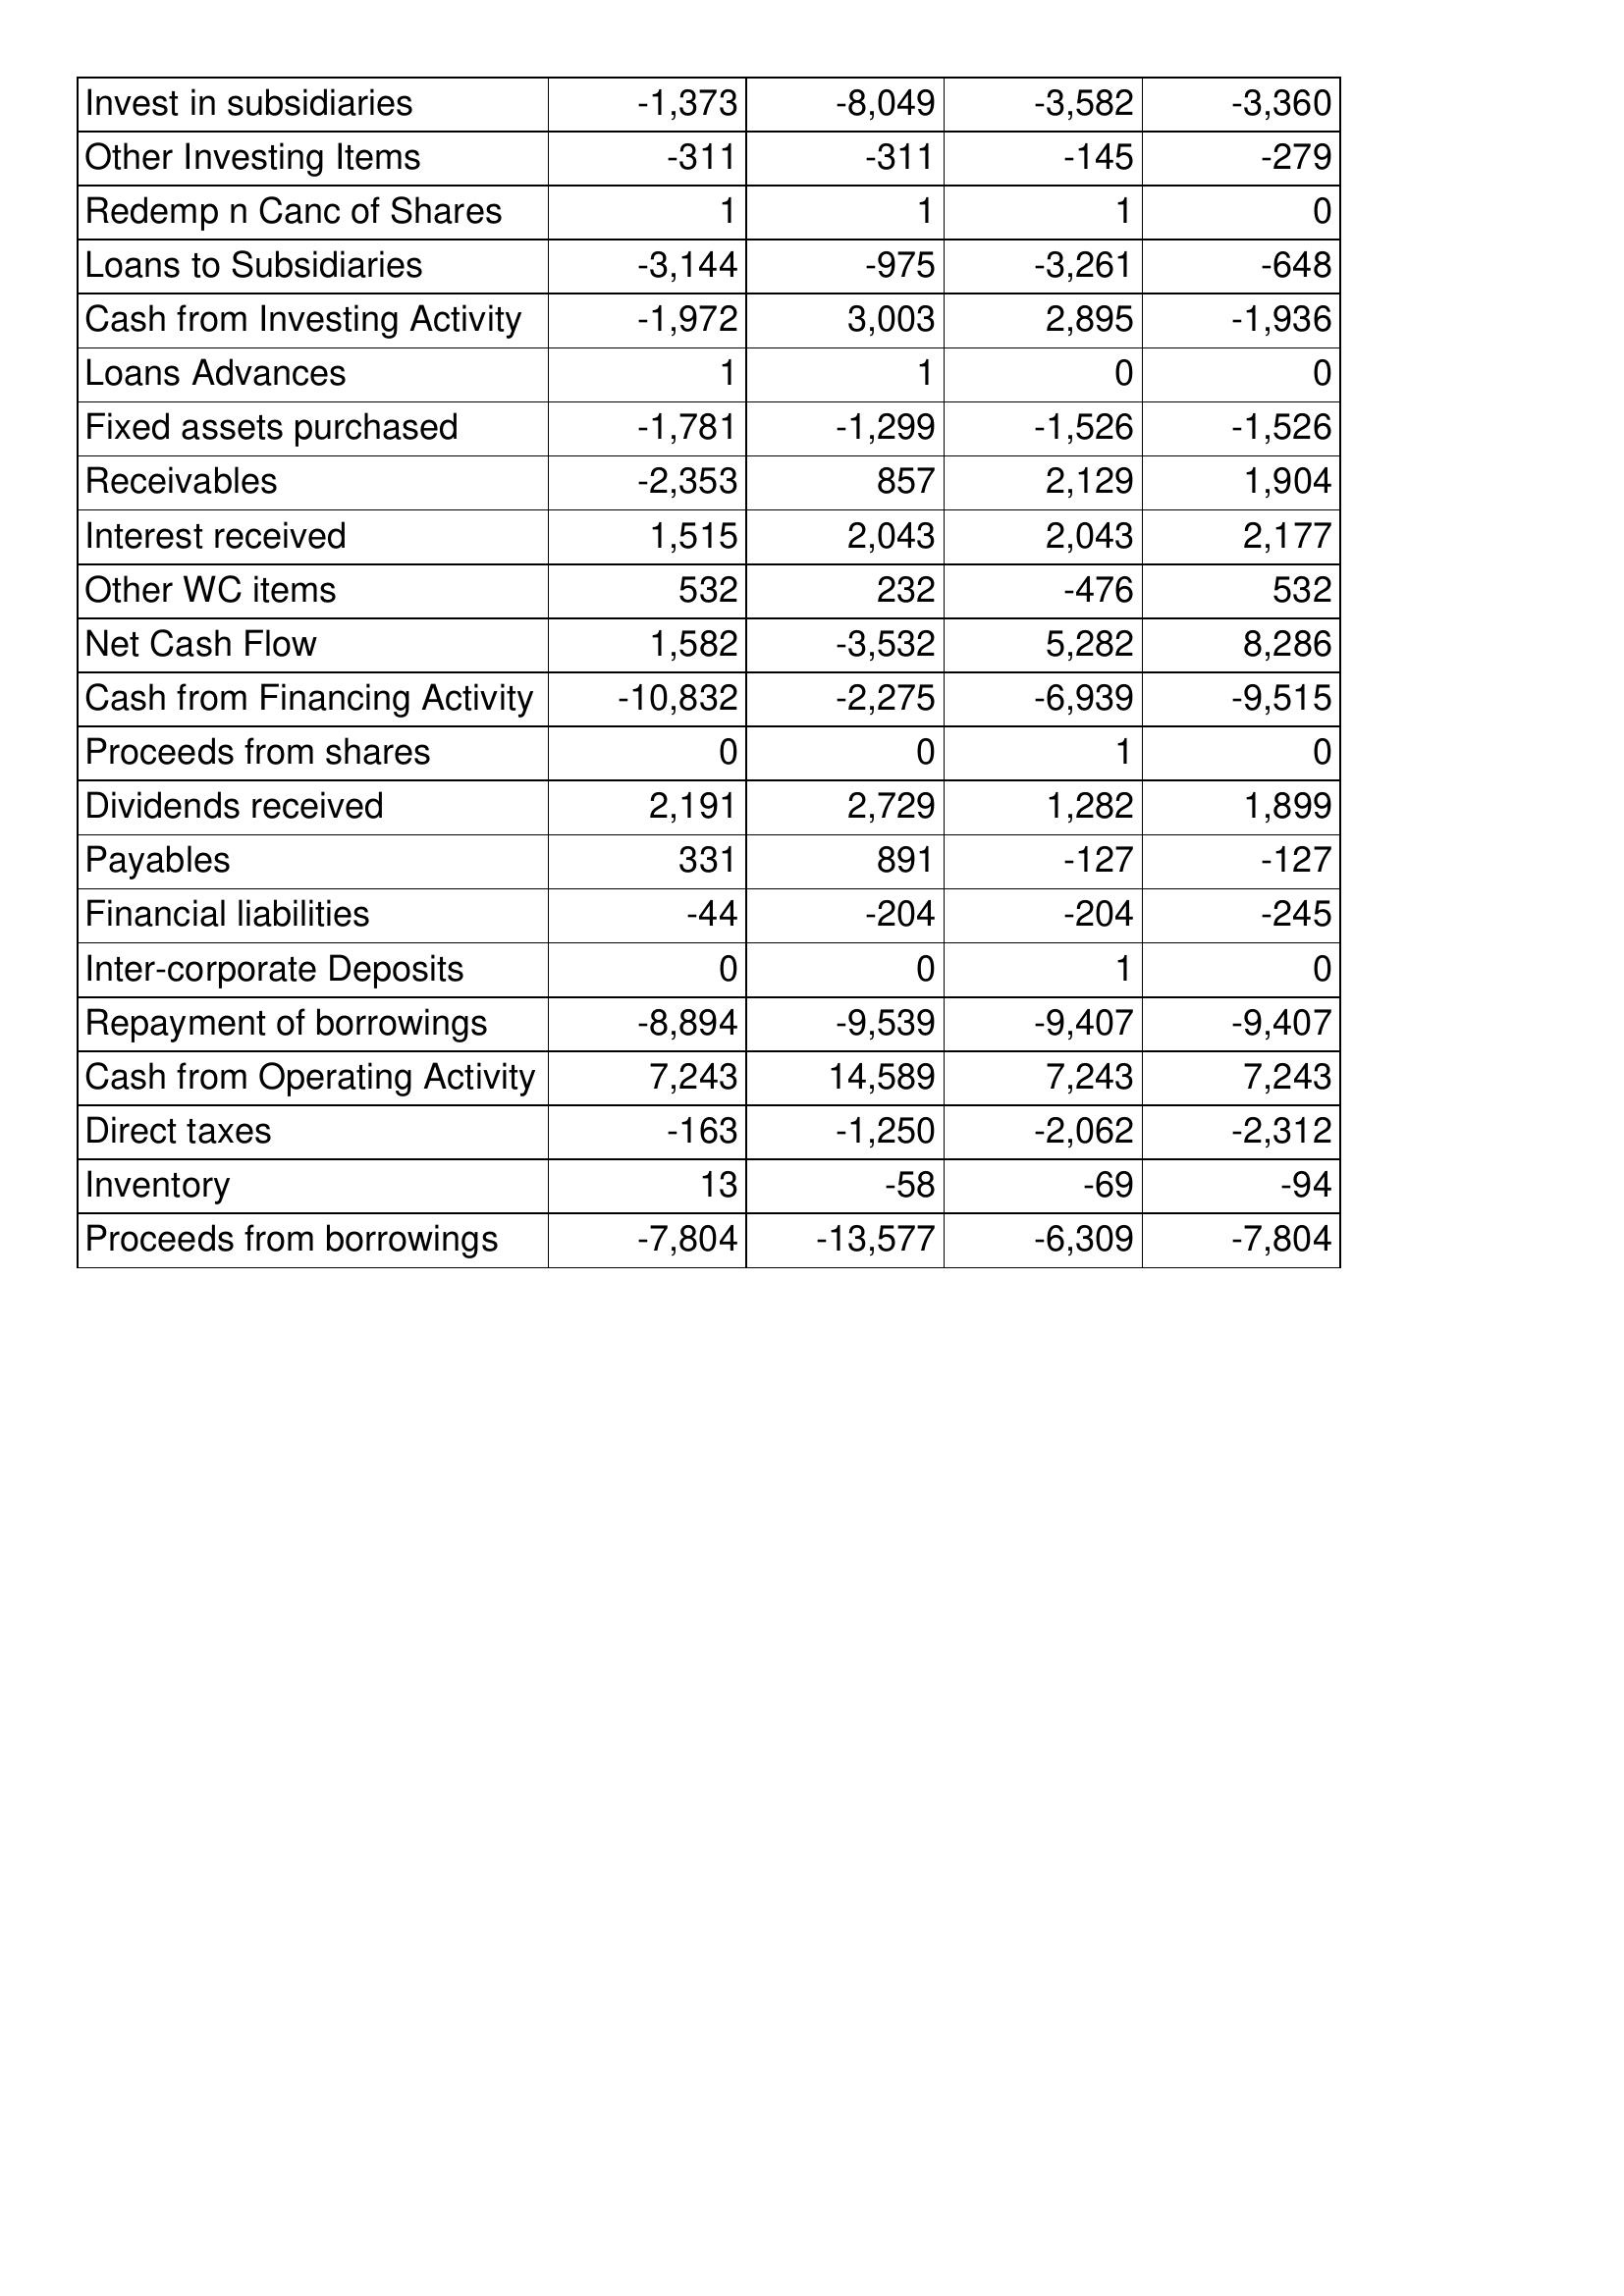
Jun-05: Cash Flows: Invest in subsidiaries: -1,373
Other Investing Items: -311
Redemp n Canc of Shares: 1
Loans to Subsidiaries: -3,144
Cash from Investing Activity: -1,972
Loans Advances: 1
Fixed assets purchased: -1,781
Receivables: -2,353
Interest received: 1,515
Other WC items: 532
Net Cash Flow: 1,582
Cash from Financing Activity: -10,832
Proceeds from shares: 0
Dividends received: 2,191
Payables: 331
Financial liabilities: -44
Inter-corporate Deposits: 0
Repayment of borrowings: -8,894
Cash from Operating Activity: 7,243
Direct taxes: -163
Inventory: 13
Proceeds from borrowings: -7,804
Jun-06: Cash Flows: Invest in subsidiaries: -8,049
Other Investing Items: -311
Redemp n Canc of Shares: 1
Loans to Subsidiaries: -975
Cash from Investing Activity: 3,003
Loans Advances: 1
Fixed assets purchased: -1,299
Receivables: 857
Interest received: 2,043
Other WC items: 232
Net Cash Flow: -3,532
Cash from Financing Activity: -2,275
Proceeds from shares: 0
Dividends received: 2,729
Payables: 891
Financial liabilities: -204
Inter-corporate Deposits: 0
Repayment of borrowings: -9,539
Cash from Operating Activity: 14,589
Direct taxes: -1,250
Inventory: -58
Proceeds from borrowings: -13,577
Jun-07: Cash Flows: Invest in subsidiaries: -3,582
Other Investing Items: -145
Redemp n Canc of Shares: 1
Loans to Subsidiaries: -3,261
Cash from Investing Activity: 2,895
Loans Advances: 0
Fixed assets purchased: -1,526
Receivables: 2,129
Interest received: 2,043
Other WC items: -476
Net Cash Flow: 5,282
Cash from Financing Activity: -6,939
Proceeds from shares: 1
Dividends received: 1,282
Payables: -127
Financial liabilities: -204
Inter-corporate Deposits: 1
Repayment of borrowings: -9,407
Cash from Operating Activity: 7,243
Direct taxes: -2,062
Inventory: -69
Proceeds from borrowings: -6,309
Jun-08: Cash Flows: Invest in subsidiaries: -3,360
Other Investing Items: -279
Redemp n Canc of Shares: 0
Loans to Subsidiaries: -648
Cash from Investing Activity: -1,936
Loans Advances: 0
Fixed assets purchased: -1,526
Receivables: 1,904
Interest received: 2,177
Other WC items: 532
Net Cash Flow: 8,286
Cash from Financing Activity: -9,515
Proceeds from shares: 0
Dividends received: 1,899
Payables: -127
Financial liabilities: -245
Inter-corporate Deposits: 0
Repayment of borrowings: -9,407
Cash from Operating Activity: 7,243
Direct taxes: -2,312
Inventory: -94
Proceeds from borrowings: -7,804